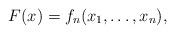
LaTeX: \begin{align*} F(x)=f_n(x_1,\ldots, x_n),\end{align*}